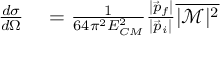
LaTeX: \begin{array} { r l } { { \frac { d \sigma } { d \Omega } } } & { { } = { \frac { 1 } { 6 4 \pi ^ { 2 } E _ { C M } ^ { 2 } } } { \frac { | { \vec { p } } _ { f } | } { | { \vec { p } } _ { i } | } } { \overline { { | { \mathcal { M } } | ^ { 2 } } } } } \end{array}